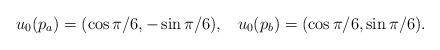
LaTeX: \begin{align*}u_0(p_a)=(\cos \pi/6, -\sin\pi/6),\,\,\,\,\, u_0(p_b)= (\cos \pi/6, \sin\pi/6).\end{align*}